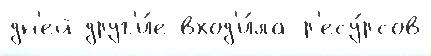
дн'ей друг'и́е вход'и́ла р'есу́рсов